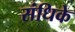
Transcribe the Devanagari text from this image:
संधिके